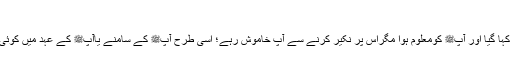
(ارشادالفحول:۸۹)
ترجمہ:سنت سکوتی کی صورت یہ ہے کہ نبی کریمﷺ کے سامنے کچھ کہا گیا، یاآپﷺ کے زمانے میں کہا گیا اور آپﷺ کومعلوم ہوا مگراس پر نکیر کرنے سے آپ خاموش رہے؛ اسی طرح آپﷺ کے سامنے یاآپﷺ کے عہد میں کوئی عمل ہوا اور آپﷺتک اس کی خبر پہنچی مگرآپﷺ نے اس پر نکیر نہیں کی تو یہ جواز پر محمول ہوگا۔